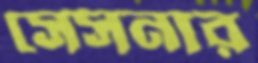
সেসনার